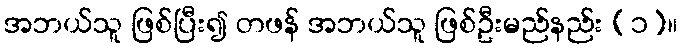
အဘယ်သူ ဖြစ်ပြီး၍ တဖန် အဘယ်သူ ဖြစ်ဦးမည်နည်း (၁)။